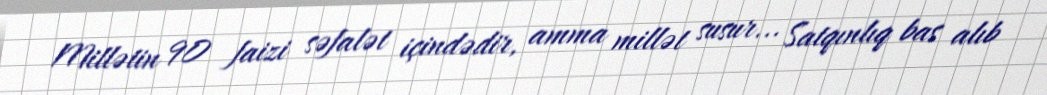
Millətin 90 faizi səfalət içindədir, amma millət susur... Satqınlıq bas alıb